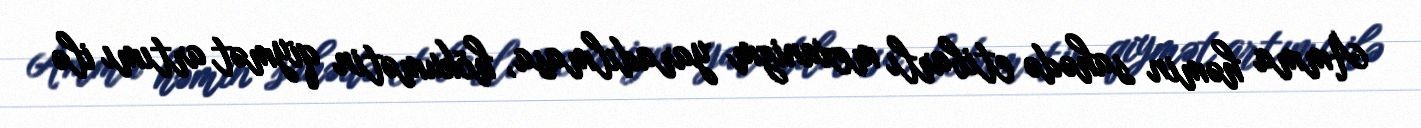
Amma həmin sahədə etibarlı mexanizm yaradılmasa, hökumətin qiymət artımı ilə